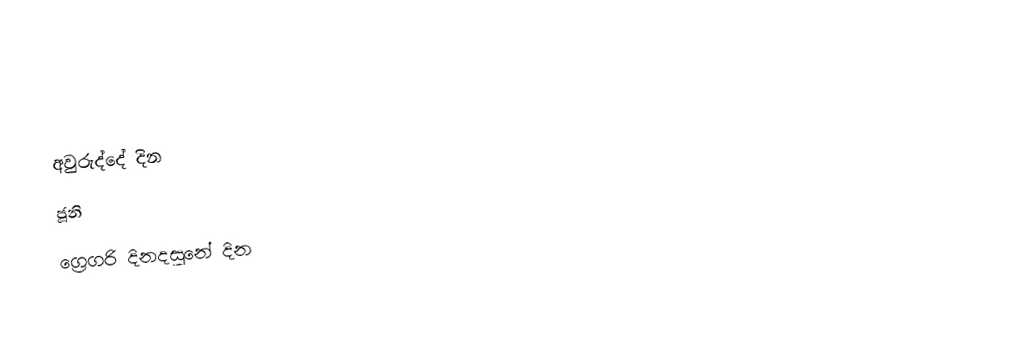
අවුරුද්දේ දින
ජූනි
ග්‍රෙගරි දිනදසුනේ දින